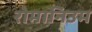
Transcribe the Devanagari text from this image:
रोमानिउम